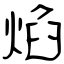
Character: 焰